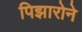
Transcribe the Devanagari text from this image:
पिझारोने